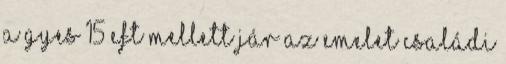
a gyes 15 eFT mellett jár az emelet családi